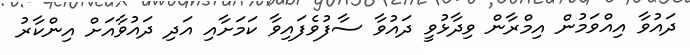
ދައުވާ އިއްވަމުން އިމްރާން ވިދާޅުވީ ދައުވާ ސާފުވެފައިވާ ކަމަށާއި އަދި ދައުވާއަށް އިންކާރު